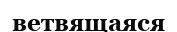
ветвящаяся